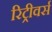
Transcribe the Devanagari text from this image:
रिट्रीवर्स